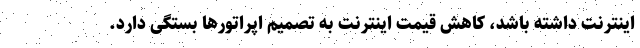
اینترنت داشته باشد، کاهش قیمت اینترنت به تصمیم اپراتورها بستگی دارد.